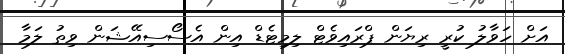
އަށް ހަވާލު ކުރީ ރިޔަން ޕްރައިވެޓް ލިމިޓެޑް އިން އެސޯސިއޭޝަން ވިތު ލަމާ